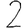
Digit: 2